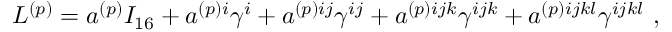
L ^ { ( p ) } = a ^ { ( p ) } I _ { 1 6 } + a ^ { ( p ) i } \gamma ^ { i } + a ^ { ( p ) i j } \gamma ^ { i j } + a ^ { ( p ) i j k } \gamma ^ { i j k } + a ^ { ( p ) i j k l } \gamma ^ { i j k l } ~ ,